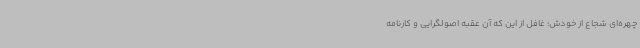
چهره‌ای شجاع از خودش؛ غافل از این که آن عقبه اصولگرایی و کارنامه